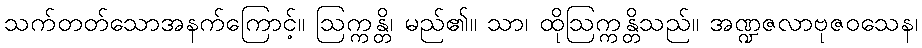
သက်တတ်သောအနက်ကြောင့်။ ဩက္ကန္တိ၊ မည်၏။ သာ၊ ထိုဩက္ကန္တိသည်။ အဏ္ဍဇလာဗုဇဝသေန၊